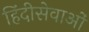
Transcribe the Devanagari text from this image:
हिंदीसेवाओं